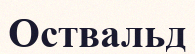
Оствальд